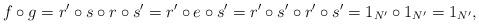
LaTeX: \begin{align*}f \circ g = r' \circ s \circ r \circ s' = r' \circ e \circ s' = r' \circ s' \circ r' \circ s' = 1_{N'} \circ 1_{N'} = 1_{N'},\end{align*}